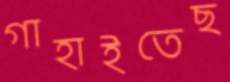
গাহাইতেছ